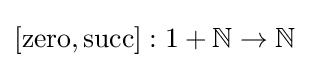
[\mathrm {zero} ,\mathrm {succ} ]:1+\mathbb {N} \to \mathbb {N}